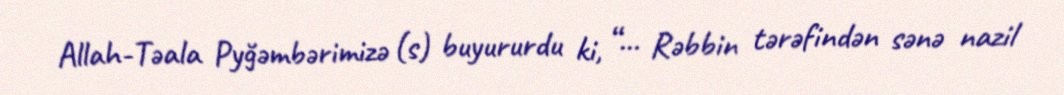
Allah-Təala Pyğəmbərimizə (s) buyururdu ki, “... Rəbbin tərəfindən sənə nazil